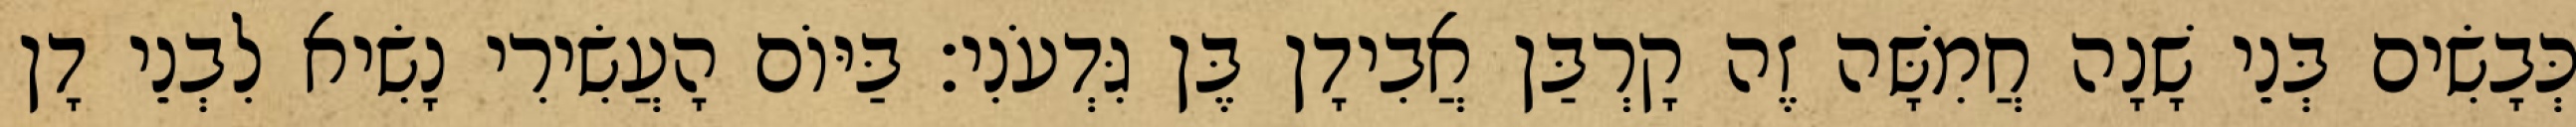
כְּבָשִׂים בְּנֵי שָׁנָה חֲמִשָּׁה זֶה קָרְבַּן אֲבִידָן בֶּן גִּדְעֹנִי׃ בַּיּוֹם הָעֲשִׂירִי נָשִׂיא לִבְנֵי דָן